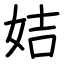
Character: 姞